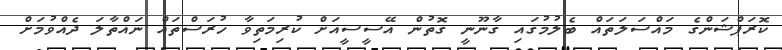
ކޮރަޕްޝަންގެ މައްސަލަތައް ބެލުމުގައި ގާނޫނީ ގޮތުން އޭސީސީއަށް ކުރިމަތިވާ ހުރަސްތައް ނައްތާލަ ދެއްވުމަށް